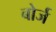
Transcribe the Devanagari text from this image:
बोर्ज